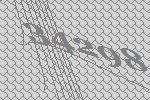
34298